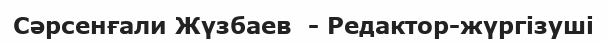
Сәрсенғали Жүзбаев  - Редактор-жүргізуші